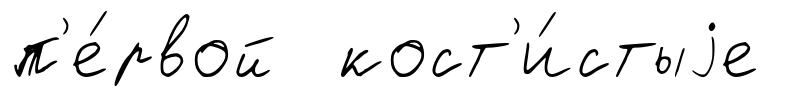
п'е́рвой кост'и́стыjе